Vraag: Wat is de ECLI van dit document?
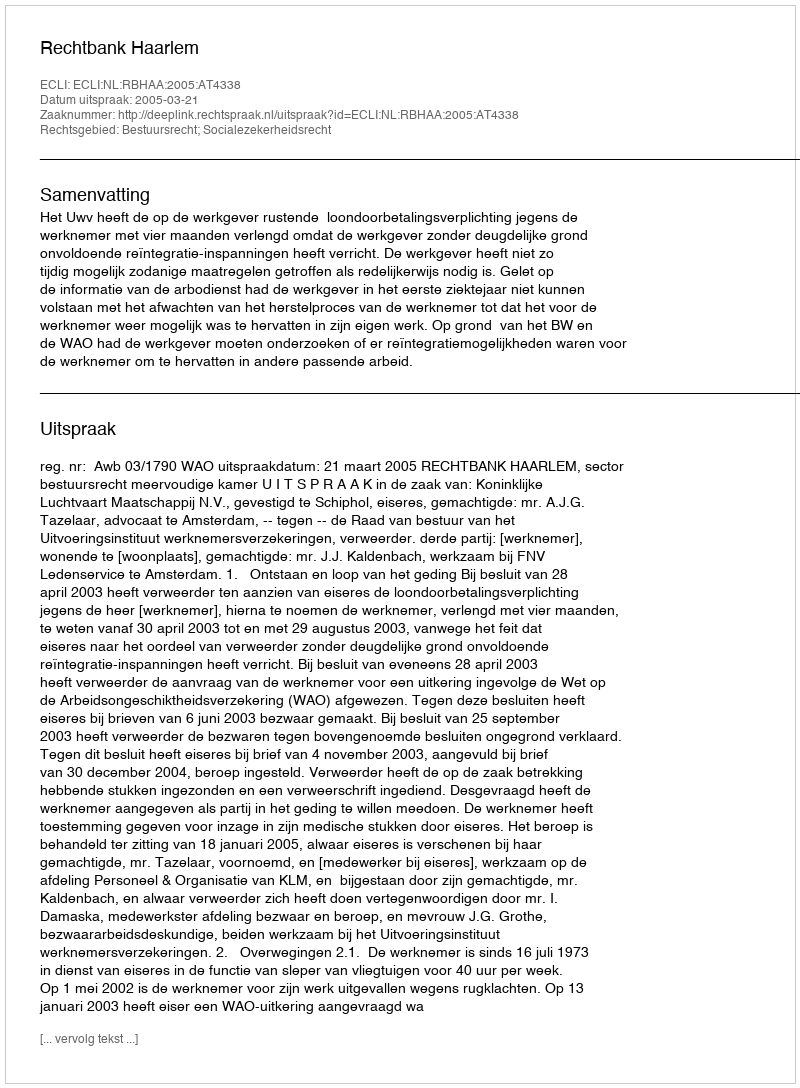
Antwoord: ECLI:NL:RBHAA:2005:AT4338